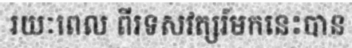
រយៈពេល ពីរទសវត្សរ៍មកនេះបាន